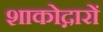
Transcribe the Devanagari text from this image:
शाकोद्गारों